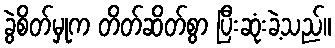
ခွဲစိတ်မှုက တိတ်ဆိတ်စွာ ပြီးဆုံးခဲ့သည်။